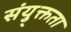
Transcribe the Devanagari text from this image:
संयु्क्तता